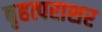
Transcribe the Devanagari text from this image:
बृहत्पराशर